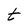
Character: t